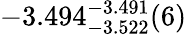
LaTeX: -3.494_{-3.522}^{-3.491}(6)